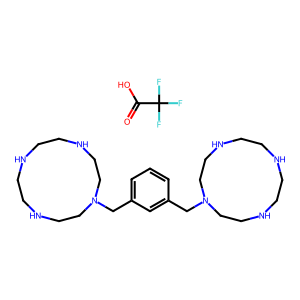
SMILES: O=C(O)C(F)(F)F.c1cc(CN2CCNCCNCCNCC2)cc(CN2CCNCCNCCNCC2)c1
Inhibits HIV replication: No